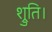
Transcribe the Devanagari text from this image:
श्रुति।